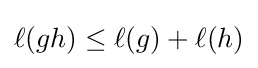
\ell (gh)\leq \ell (g)+\ell (h)